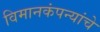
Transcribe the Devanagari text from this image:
विमानकंपन्यांचे